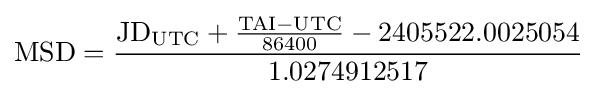
\mathrm {MSD} ={\frac {\mathrm {JD} _{\mathrm {UTC} }+{\frac {\mathrm {TAI} -\mathrm {UTC} }{86400}}-2405522.0025054}{1.0274912517}}